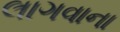
લાગવાના